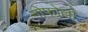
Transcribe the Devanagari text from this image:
नोफोल्लो